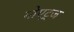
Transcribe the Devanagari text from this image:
गोएट्ज